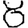
Digit: 8